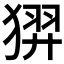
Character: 𱮑